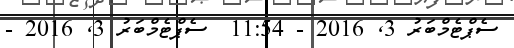
ސެޕްޓެމްބަރު 3